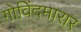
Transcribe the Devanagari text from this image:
गोविंदमारार